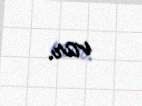
var.